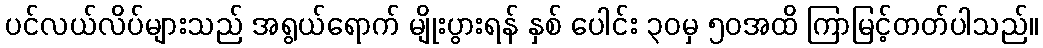
ပင်လယ်လိပ်များသည် အရွယ်ရောက် မျိုးပွားရန် နှစ် ပေါင်း ၃၀မှ ၅၀အထိ ကြာမြင့်တတ်ပါသည်။